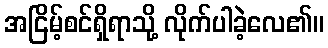
အငြိမ့်စင်ရှိရာသို့ လိုက်ပါခဲ့လေ၏။